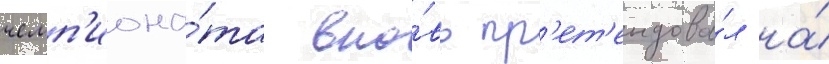
чемп'иона́та вно́вь пр'ет'ендова́л на́